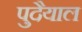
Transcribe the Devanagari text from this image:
पुदैयाल